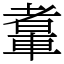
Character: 䡤